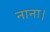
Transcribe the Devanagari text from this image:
नाना।